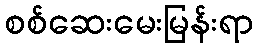
စစ်ဆေးမေးမြန်းရာ